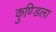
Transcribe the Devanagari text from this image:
कुण्डिला